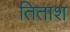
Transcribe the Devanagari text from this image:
तिताश